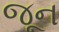
જૂન